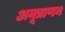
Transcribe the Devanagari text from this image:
अनूप्राणन